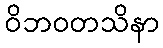
ဝိဘဝတသိနာ